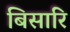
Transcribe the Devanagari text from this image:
बिसारि